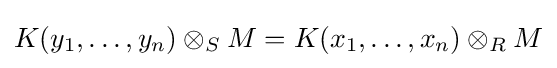
K(y_{1},\dots ,y_{n})\otimes _{S}M=K(x_{1},\dots ,x_{n})\otimes _{R}M